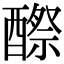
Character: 𨢵